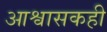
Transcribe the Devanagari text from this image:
आश्वासकही